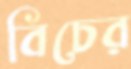
বিচের